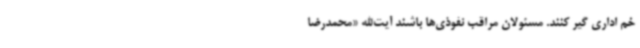
خم اداری گیر کنند. مسئولان مراقب نفوذی‌ها باشند آیت‌الله «محمدرضا